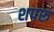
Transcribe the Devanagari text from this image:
शपरू